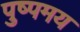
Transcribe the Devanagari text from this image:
पुष्पमय